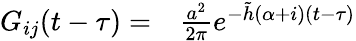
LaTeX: \begin{array}{rl}{G_{ij}(t-\tau)=}&{{}\frac{a^{2}}{2\pi}e^{-\tilde{h}(\alpha+i)(t-\tau)}}\end{array}